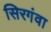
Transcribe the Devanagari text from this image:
सिरगंवा